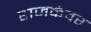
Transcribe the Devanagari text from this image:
राजकंवर